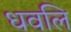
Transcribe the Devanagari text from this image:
धवलि